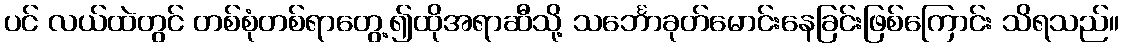
ပင် လယ်ထဲတွင် တစ်စုံတစ်ရာတွေ့၍ထိုအရာဆီသို့ သင်္ဘောခုတ်မောင်းနေခြင်းဖြစ်ကြောင်း သိရသည်။